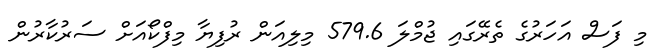
މި ފަސް އަހަރުގެ ތެރޭގައި ޖުމްލަ 579.6 މިލިއަން ރުފިޔާ މިފްކޯއަށް ސަރުކާރުން